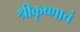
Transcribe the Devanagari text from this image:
श्रीकृष्णाचं